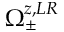
\Omega _ { \pm } ^ { z , L R }